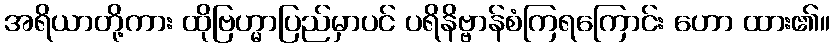
အရိယာတို့ကား ထိုဗြဟ္မာပြည်မှာပင် ပရိနိဗ္ဗာန်စံကြရကြောင်း ဟော ထား၏။